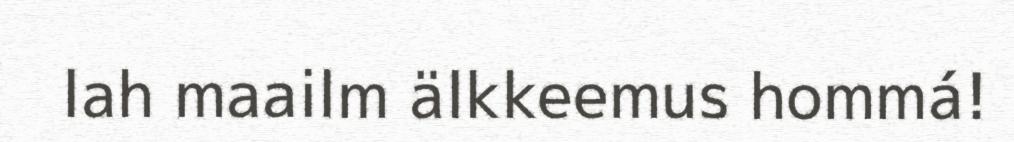
lah maailm älkkeemus hommá!